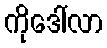
ကိုဒေါ်လာ